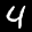
Label: 4